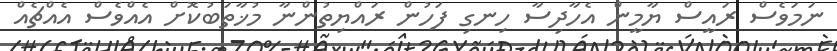
ނަމަވެސް ރައީސް ޔާމީން އެހާދިސާ ހިނގި ފަހުން ރައްޔިތުންނާ މުޚާތަބުކޮށް އެއްވެސް އެއްޗެއް